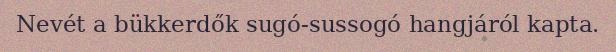
Nevét a bükkerdők sugó-sussogó hangjáról kapta.